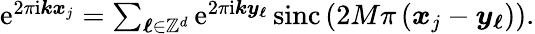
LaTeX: \begin{array}{r}{\mathrm e^{2\pi\mathrm i\boldsymbol k\boldsymbol x_{j}}=\sum_{\boldsymbol\ell\in\mathbb Z^{d}}\mathrm e^{2\pi\mathrm i\boldsymbol k\boldsymbol y_{\boldsymbol\ell}}\, \mathrm{sinc}\left(2M\pi\left(\boldsymbol x_{j}-\boldsymbol y_{\boldsymbol\ell}\right)\right).}\end{array}